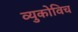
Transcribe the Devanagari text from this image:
व्युकोविच